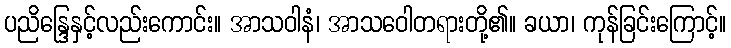
ပညိန္ဒြေနှင့်လည်းကောင်း။ အာသဝါနံ၊ အာသဝေါတရားတို့၏။ ခယာ၊ ကုန်ခြင်းကြောင့်။